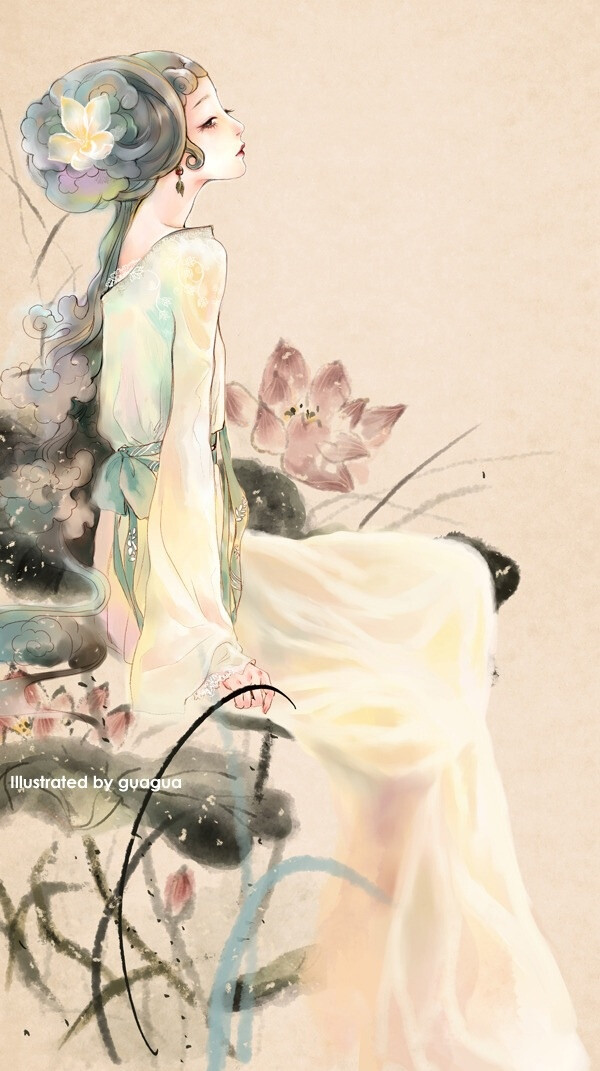
雁起青天，数行书似旧藏处。